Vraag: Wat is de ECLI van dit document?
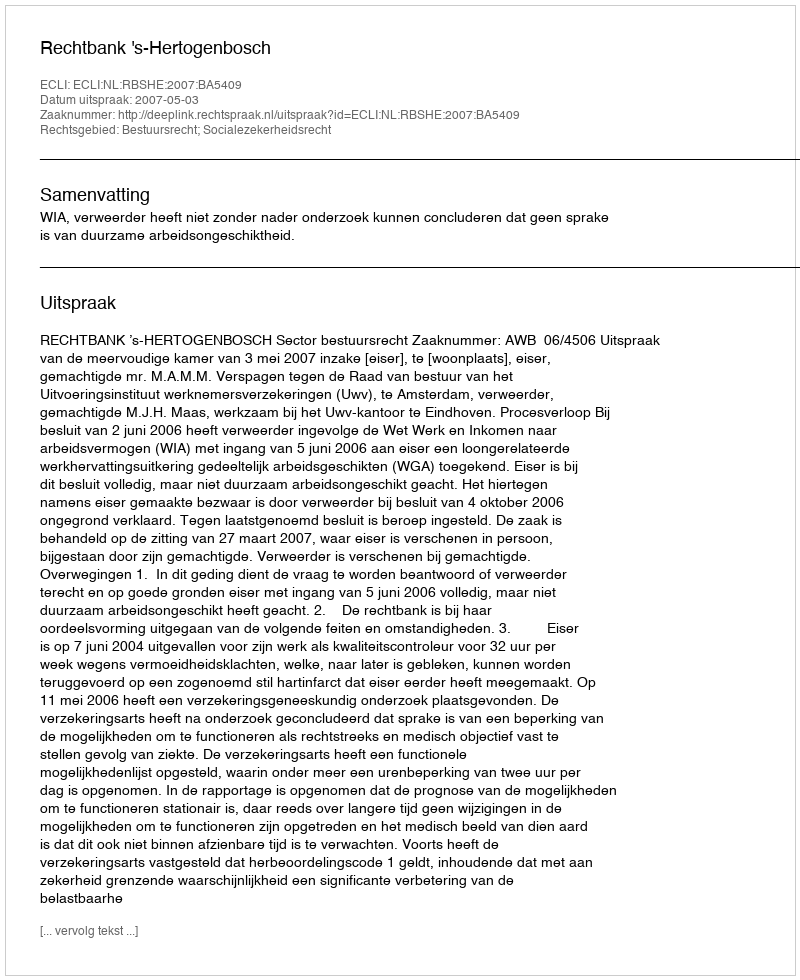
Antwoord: ECLI:NL:RBSHE:2007:BA5409